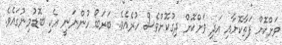
ވަށްކޮށް ފަތާކޮށާއި އަދި ވަށްކޮށް ދިގުކޮށްވެސް ހުރެއެވެ. ބަރަބޯ ހުންނަނީ އެކި ބޮޑުމިނުގައެވެ.